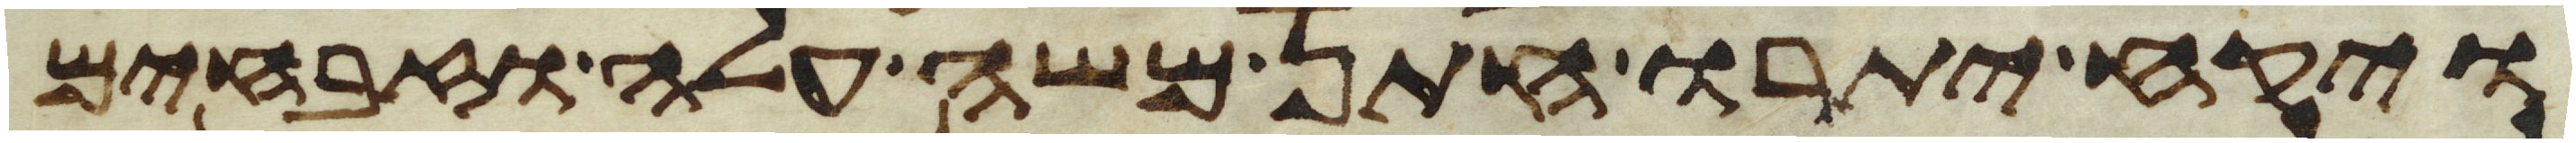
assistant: ויקח יתרו חתן משה עלה וזבחים